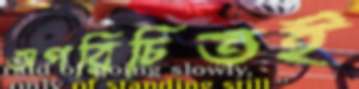
অপরিচিতই